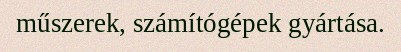
műszerek, számítógépek gyártása.